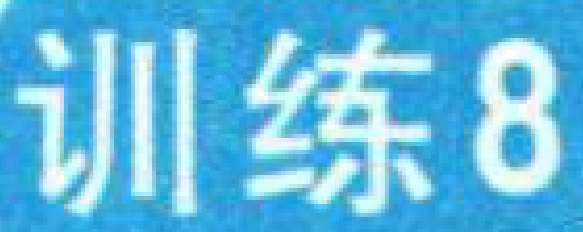
训练8